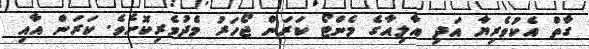
ގާތް އެކުވެރިޔާ އަދި އާލިއާގެ މެންޓޯ ކަރަން ޖޯހަރު މެދުވެރިކޮށެވެ. ކަރަން އާއި